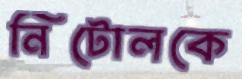
নিটোলকে